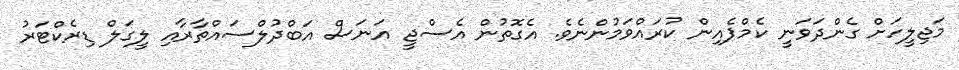
މަޖިލީހަށް ގެންދަވަނީ ކެމްޕެއިން ކުރައްވަމުންނެވެ. އެގޮތުން އެސްޖީ އަނަސް އަބްދުލްސައްތާރާއި ލީގަލް ޑިރެކްޓަރު